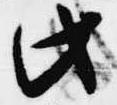
此